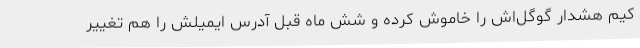
کیم هشدار گوگل‌اش را خاموش کرده و شش ماه قبل آدرس ایمیلش را هم تغییر